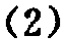
\((2)\)